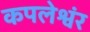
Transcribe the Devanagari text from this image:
कपलेश्वंर